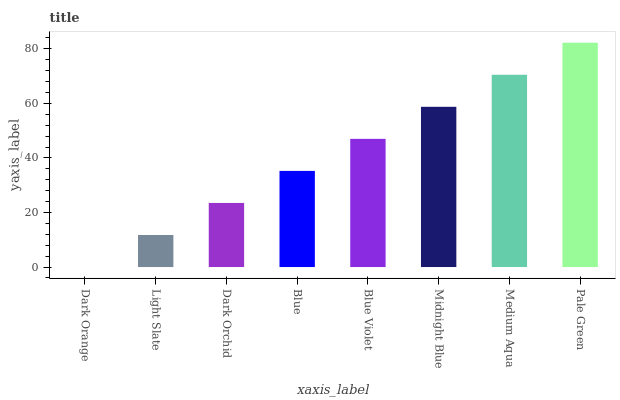
| xaxis_label | bars |
 | --- | --- |
 | Dark Orange | 0 |
 | Light Slate | 11.7 |
 | Dark Orchid | 23.5 |
 | Blue | 35.2 |
 | Blue Violet | 47 |
 | Midnight Blue | 58.7 |
 | Medium Aqua | 70.5 |
 | Pale Green | 82.2 |